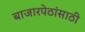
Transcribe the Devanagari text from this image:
बाजारपेठांसाठी